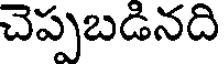
చెప్పబడినది